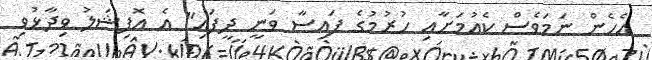
އެހެން ނަމަވެސް ކެއުމަށާއި ހުރުމުގެ ފައިސާ ވަނީ ދީފައި" އެ އޮފިޝަލު ވިދާޅުވި